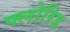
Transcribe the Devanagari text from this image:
फ्लोरिड